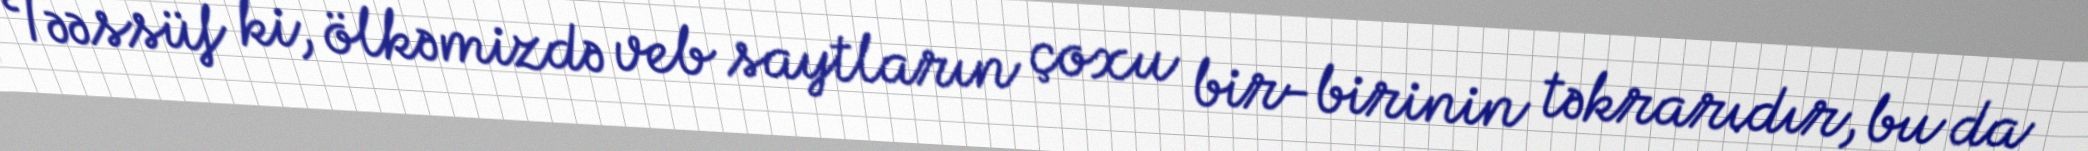
Təəssüf ki, ölkəmizdə veb saytların çoxu bir-birinin təkrarıdır, bu da